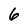
Character: 6